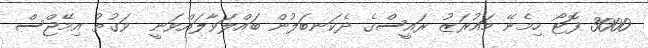
3000 ފޮޓޯ ހިމެނޭ މައުރަޒު ރައީސްގެ ދެކަނބަލުން ބައްލަވާލައްވަނީ  ވަގުތު އިމޭޖްސް